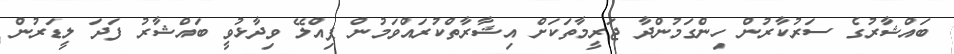
ބައްޝާރުގެ ސަރުކާރުން ހިންގަމުންދާ ޖަރީމާތަކަށް އިޝާރާތްކުރައްވަމުން ޕިއްލޭ ވިދާޅުވީ ބައްޝާރު ފަދަ ލީޑަރުން